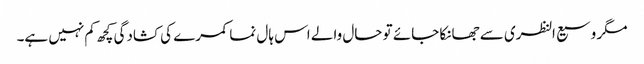
مگر وسیع النظری سے جھانکا جائے تو حال والے اس ہال نما کمرے کی کشادگی کچھ کم نہیں ہے۔